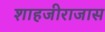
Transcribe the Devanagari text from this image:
शाहजीराजास